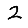
Digit: 2